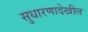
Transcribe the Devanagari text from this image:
सुधारणादेखील